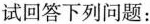
试回答下列问题：